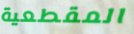
المقطعية